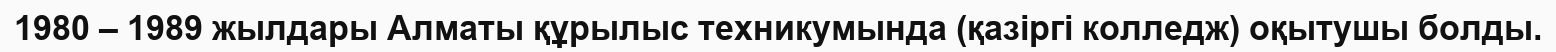
1980 – 1989 жылдары Алматы құрылыс техникумында (қазіргі колледж) оқытушы болды.